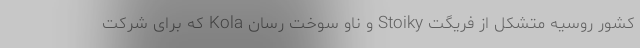
کشور‌ روسیه متشکل از فریگت Stoiky و ناو سوخت رسان Kola که برای شرکت